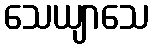
သေယျာသေ